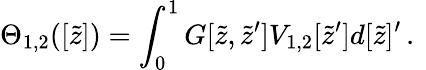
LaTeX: \Theta_{1,2}([\widetilde{z}])=\int_{0}^{1}G[\widetilde{z},\widetilde{z}^{\prime}]V_{1,2}[\widetilde{z}^{\prime}]d{[\widetilde{z}]^{\prime}}\, .\